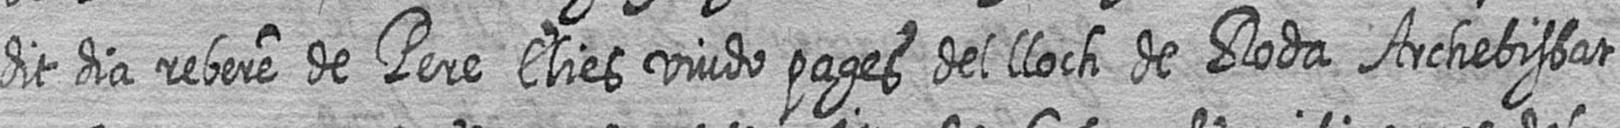
dit dia rebere de Pere Elies viudo pages del lloch de Roda Archebisbat